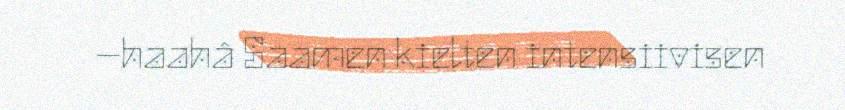
–haahâ Saamen kielten intensiivisen